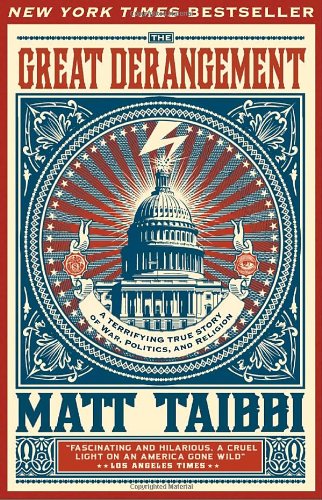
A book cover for The Great Derangement: A Terrifying True Story of War, Politics, and Religion; Matt Taibbi; Travel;